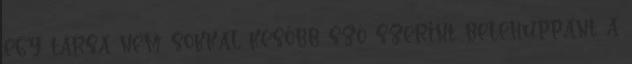
egy társa nem sokkal később szó szerint belehuppant a